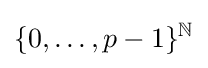
\{0,\ldots ,p-1\}^{\mathbb {N} }